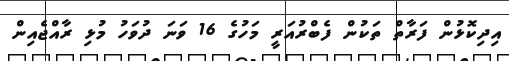
އިދިކޮޅުން ފަރާތް ތަކުން ފެބްރުއަރީ މަހުގެ 16 ވަނަ ދުވަހު މުޅި ރާއްޖެއިން